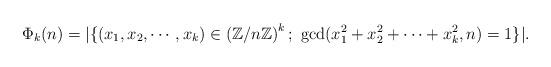
LaTeX: \begin{align*}\Phi_k(n)=|\{ (x_1, x_2, \cdots, x_k)\in \left(\mathbb{Z}/n\mathbb{Z}\right)^k; \ \gcd(x_1^2+x_2^2+ \cdots+ x_k^2, n)=1\}|.\end{align*}